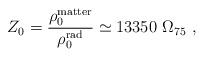
LaTeX: \begin{align*}Z_0 = {\rho^{\rm matter}_0 \over \rho^{\rm rad}_0} \simeq 13350\ \Omega_{75}\ , \end{align*}